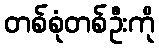
တစ်စုံတစ်ဦးကို